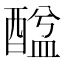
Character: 䤈